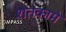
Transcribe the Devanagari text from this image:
शेतकामे